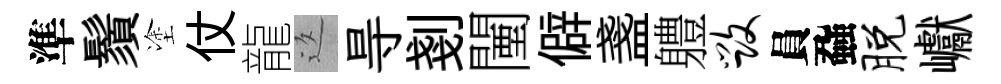
準鬚塗仗龍返㝵剗闉僻盞軆毁員蝨脱巘